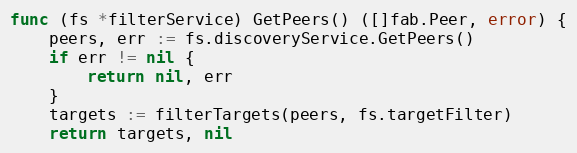
Language: Go
func (fs *filterService) GetPeers() ([]fab.Peer, error) {
	peers, err := fs.discoveryService.GetPeers()
	if err != nil {
		return nil, err
	}
	targets := filterTargets(peers, fs.targetFilter)
	return targets, nil